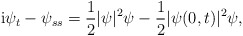
\begin{align*}{\rm i}\psi_{t}-\psi_{ss} = \frac{1}{2}\lvert \psi \rvert^{2}\psi - \frac{1}{2}\lvert \psi(0,t)\rvert ^{2}\psi,\end{align*}